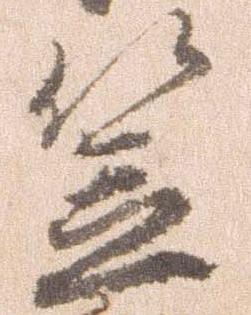
笠